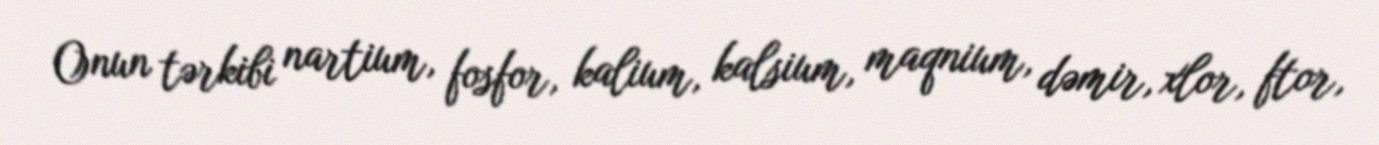
Onun tərkibi nartium, fosfor, kalium, kalsium, maqnium, dəmir, xlor, ftor,